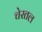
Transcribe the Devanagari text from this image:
चेरतल